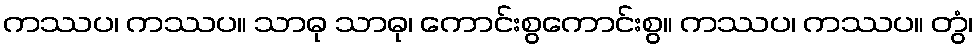
ကဿပ၊ ကဿပ။ သာဓု သာဓု၊ ကောင်းစွကောင်းစွ။ ကဿပ၊ ကဿပ။ တွံ၊